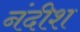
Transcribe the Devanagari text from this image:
नंदीश